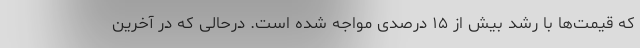
که قیمت‌ها با رشد بیش از ۱۵ درصدی مواجه شده است. درحالی که در آخرین